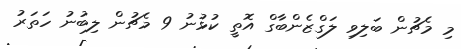
މި މެޗުން ބަލިވި ލަގްޒެންބާގް އޮތީ ކުޅުނު 9 މެޗުން ލިބުނު ހަތަރު